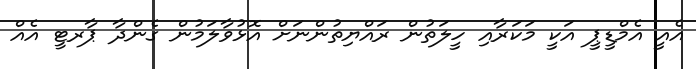
އެއީ އެމްޑީޕީ އަކީ މަކަރާއި ހީލަތުން ރައްޔިތުންނަށް އޮޅުވާލަމުން ގެންދާ ޕާރޓީ އެއް